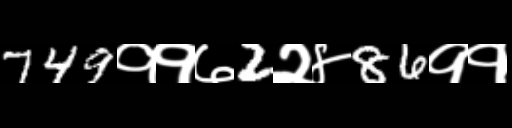
Text: 749११७2२४86११